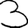
Digit: 3